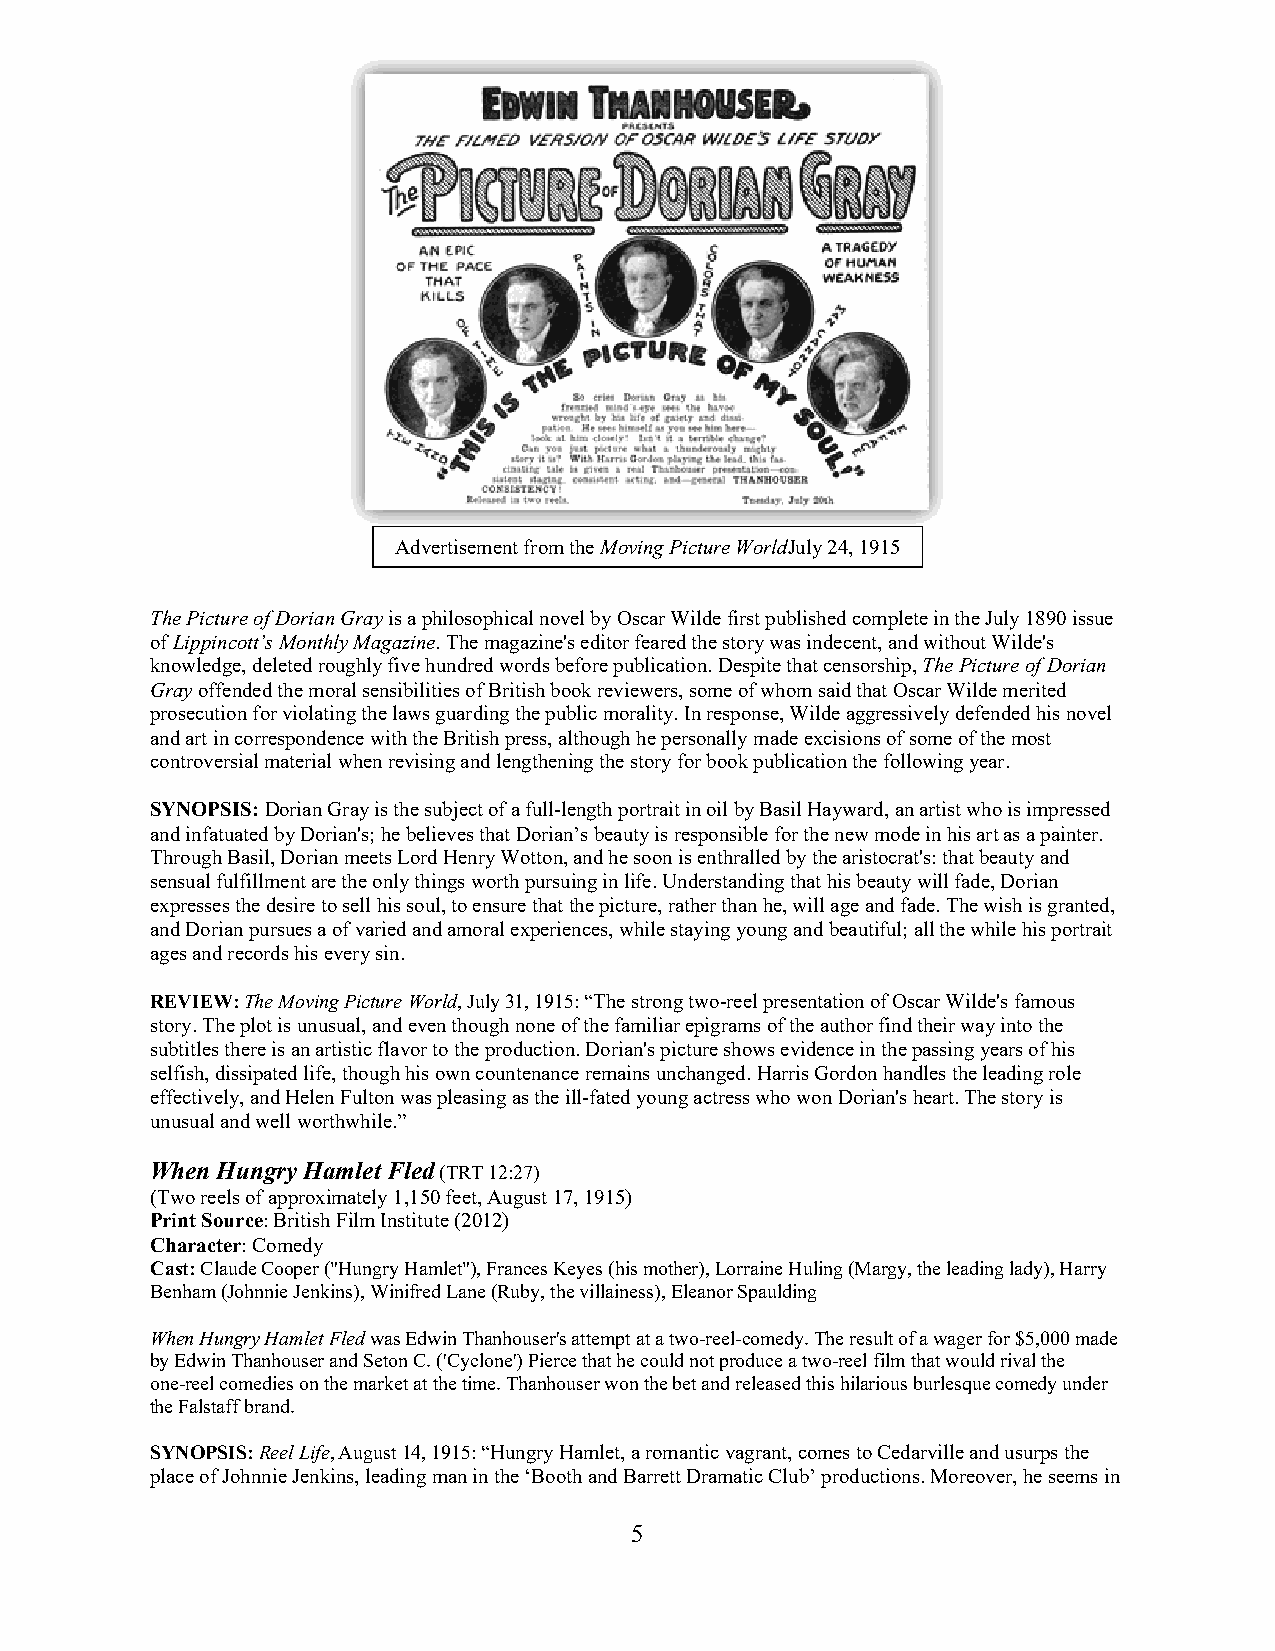
Advertisement from the Moving Picture WorldJuly 24, 1915
 The Picture of Dorian Gray is a philosophical novel by Oscar Wilde first published complete in the July 1890 issue
 of Lippincott’s Monthly Magazine. The magazine's editor feared the story was indecent, and without Wilde's
 knowledge, deleted roughly five hundred words before publication. Despite that censorship, The Picture of Dorian
 Gray offended the moral sensibilities of British book reviewers, some of whom said that Oscar Wilde merited
 prosecution for violating the laws guarding the public morality. In response, Wilde aggressively defended his novel
 and art in correspondence with the British press, although he personally made excisions of some of the most
 controversial material when revising and lengthening the story for book publication the following year.
 SYNOPSIS: Dorian Gray is the subject of a full-length portrait in oil by Basil Hayward, an artist who is impressed
 and infatuated by Dorian's; he believes that Dorian’s beauty is responsible for the new mode in his art as a painter.
 Through Basil, Dorian meets Lord Henry Wotton, and he soon is enthralled by the aristocrat's: that beauty and
 sensual fulfillment are the only things worth pursuing in life. Understanding that his beauty will fade, Dorian
 expresses the desire to sell his soul, to ensure that the picture, rather than he, will age and fade. The wish is granted,
 and Dorian pursues a of varied and amoral experiences, while staying young and beautiful; all the while his portrait
 ages and records his every sin.
 REVIEW: The Moving Picture World, July 31, 1915: “The strong two-reel presentation of Oscar Wilde's famous
 story. The plot is unusual, and even though none of the familiar epigrams of the author find their way into the
 subtitles there is an artistic flavor to the production. Dorian's picture shows evidence in the passing years of his
 selfish, dissipated life, though his own countenance remains unchanged. Harris Gordon handles the leading role
 effectively, and Helen Fulton was pleasing as the ill-fated young actress who won Dorian's heart. The story is
 unusual and well worthwhile.”
 When Hungry Hamlet Fled (TRT 12:27)
 (Two reels of approximately 1,150 feet, August 17, 1915)
 Print Source: British Film Institute (2012)
 Character: Comedy
 Cast: Claude Cooper ("Hungry Hamlet"), Frances Keyes (his mother), Lorraine Huling (Margy, the leading lady), Harry
 Benham (Johnnie Jenkins), Winifred Lane (Ruby, the villainess), Eleanor Spaulding
 When Hungry Hamlet Fled was Edwin Thanhouser's attempt at a two-reel-comedy. The result of a wager for $5,000 made
 by Edwin Thanhouser and Seton C. ('Cyclone') Pierce that he could not produce a two-reel film that would rival the
 one-reel comedies on the market at the time. Thanhouser won the bet and released this hilarious burlesque comedy under
 the Falstaff brand.
 SYNOPSIS: Reel Life, August 14, 1915: “Hungry Hamlet, a romantic vagrant, comes to Cedarville and usurps the
 place of Johnnie Jenkins, leading man in the ‘Booth and Barrett Dramatic Club’ productions. Moreover, he seems in
 5